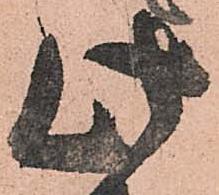
此